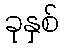
ခုနှစ်